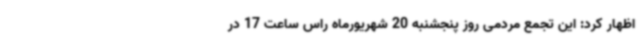
اظهار کرد: این تجمع مردمی روز پنجشنبه 20 شهریورماه راس ساعت 17 در